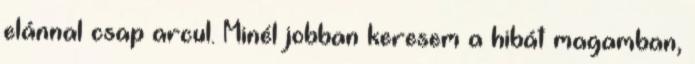
elánnal csap arcul. Minél jobban keresem a hibát magamban,